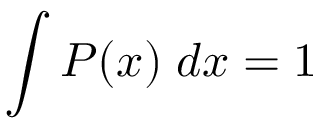
\int P ( x ) \; d x = 1